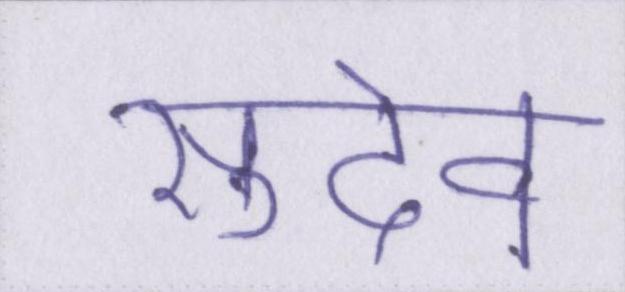
सुदेव